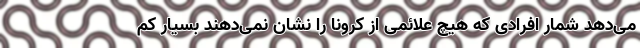
می‌دهد شمار افرادی که هیچ علائمی از کرونا را نشان نمی‌دهند بسیار کم